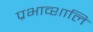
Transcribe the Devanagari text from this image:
प्रभाव्शालि